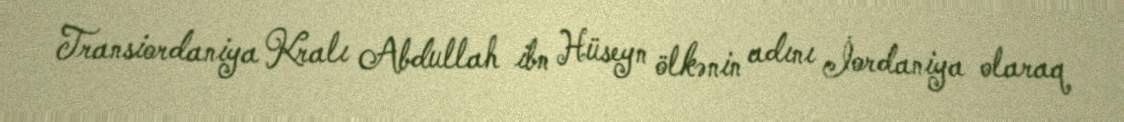
Transiordaniya Kralı Abdullah ibn Hüseyn ölkənin adını İordaniya olaraq